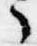
了